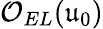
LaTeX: \mathcal{O}_{EL}(\mathfrak{u}_{0})